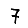
Digit: 7